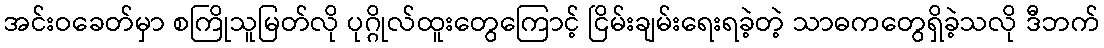
အင်းဝခေတ်မှာ စကြိုသူမြတ်လို ပုဂ္ဂိုလ်ထူးတွေကြောင့် ငြိမ်းချမ်းရေးရခဲ့တဲ့ သာဓကတွေရှိခဲ့သလို ဒီဘက်